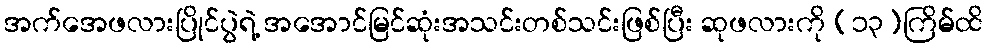
အက်အေဖလားပြိုင်ပွဲရဲ့ အအောင်မြင်ဆုံးအသင်းတစ်သင်းဖြစ်ပြီး ဆုဖလားကို (၁၃)ကြိမ်ထိ